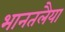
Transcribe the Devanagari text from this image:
भानतलैया